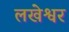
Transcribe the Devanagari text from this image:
लखेश्वर